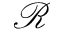
\mathcal { R }